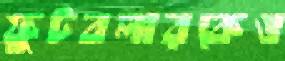
ফুটবলারকেও